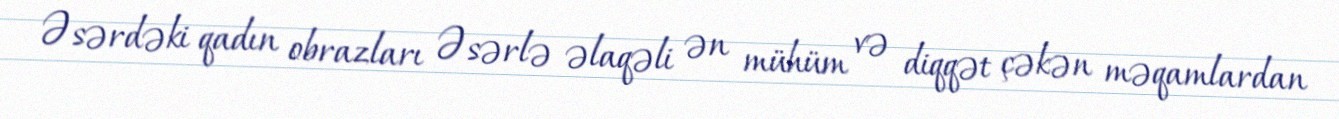
Əsərdəki qadın obrazları Əsərlə əlaqəli ən mühüm və diqqət çəkən məqamlardan